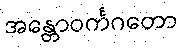
အန္တောဝင်္ကဂတော